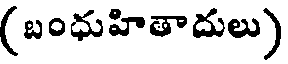
(బంధుహితాదులు)